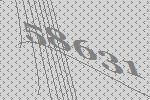
58631